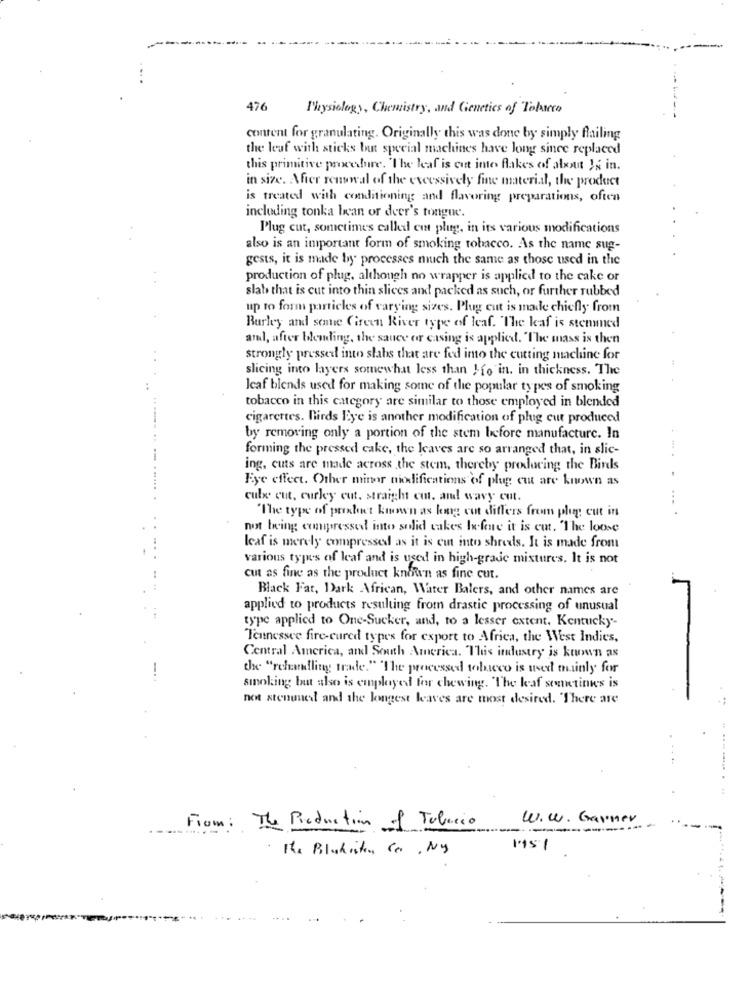
476
Physiology, Chemistry, and Genetics of Toluneco
content for granulating. Originally this was done by simply flailing
the leaf with sticks but special machines have long since replaced
this primitive procedure. "The leaf is cut inte flakes of about Is in.
in size. After renewal of the excessively fine material, the product
is treated with conditioning and flavoring preparations, often
including tonka bean or deer's tongue.
Plug cut, sometimes called eu plug, in its various modifications
also is an important form of smoking tobacco. As the name sug-
gests, it is made by processes much the same as those used in the
production of plug, although no wrapper is applied to the cake or
slab that is cut into thin slices and packed as such, or further rubbed
up to form particles of varying sizes. Plug cut is made chiefly from
Burley and sene Green River type of leaf. "The leaf is stemmed
and, after blending, the sauce or casing is applied. "The mass is then
strongly pressed into slabs that are fed imo the cutting machine for
slicing into layers somewhat less than Ifo in. in thickness. The
Icaf blends used for making some of the popular types of smoking
tobacco in this category are similar to those employed in blended
cigarettes. Birds Eye is another modification of plug cut produced
by removing only a portion of the stem before manufacture. In
forming the pressed cake, the leaves are so arranged that, in slic-
ing, cuts are made across the stem, thereby producing the Birds
Fye effect. Other minor modifications of plug cut are known as
culx cut, curley cut, straight cut, and wavy cut.
"The type of product known as long cut differs from plug cut in
not being compressed into solid cakes Iefare it is cut. "The loose
Icaf is merely compressed as it is cut into shreds. It is made from
various types of leaf and is used in high-grade mistures. It is not
cut as fine as the product known as fine cut.
Black Fat, Dark African, Water Balers, and other names are
applied to products resulting from drastic processing of unusual
type applied to One-Sucker, and, to a lesser extent, Kentucky-
Tennessee fire-cured types for export to Africa, the West Indies,
Central America, and South America. This industry is known as
cx. "rehandling trade." "The processed tobacco is used mainly for
smoking but also is employed for chewing. "The kaf sonnetinwes is
not stenuned and the longest leaves are most desired. "There are
W. w. Garner
From: The Production of Tobacco
The Blukisten, Co . Ny
1951